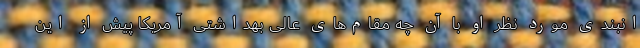
انبندی مورد نظر او با آن چه مقام‌های عالی بهداشتی آمریکا پیش از این